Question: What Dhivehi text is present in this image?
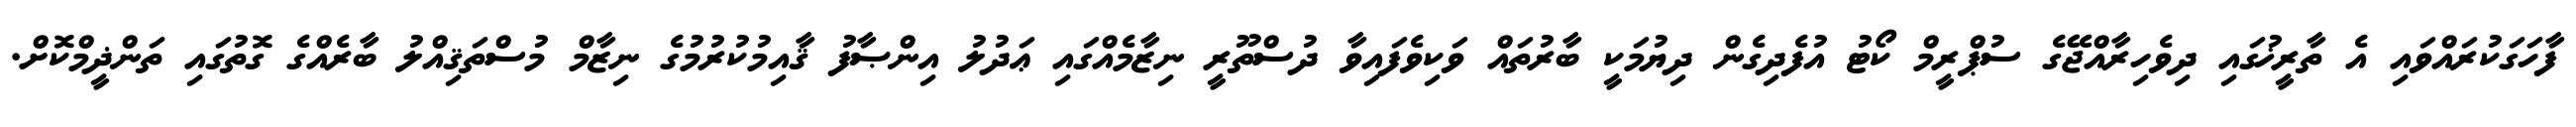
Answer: ފާހަގަކުރައްވައި އެ ތާރީޚުގައި ދިވެހިރާއްޖޭގެ ސުޕްރީމް ކޯޓު އުފެދިގެން ދިޔުމަކީ ބާރުތައް ވަކިވެފައިވާ ދުސްތޫރީ ނިޒާމެއްގައި ޢަދުލު އިންޞާފު ޤާއިމުކުރުމުގެ ނިޒާމް މުސްތަޤިއްލު ބާރެއްގެ ގޮތުގައި ތަންޛީމްކޮށް.